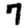
Digit: 7